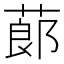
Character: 蓈